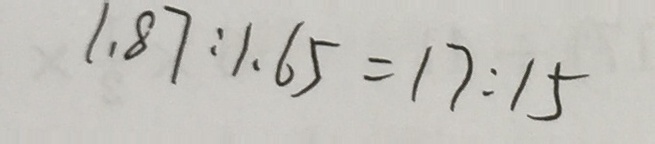
1 . 8 7 : 1 . 6 5 = 1 7 : 1 5